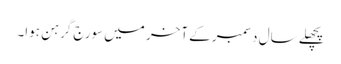
پچھلے سال دسمبر کے آخر میں سورج گرہن ہوا۔